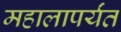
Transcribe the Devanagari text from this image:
महालापर्यंत